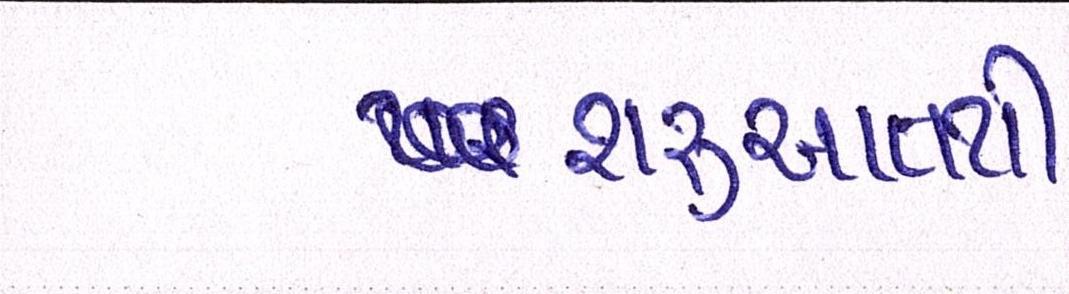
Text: શરૃઆતથી